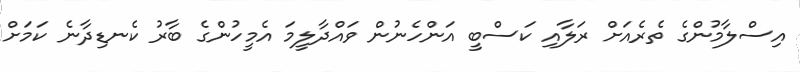
އިސްލާމުންގެ ތެރެއަށް ރަލާއި ކަސްބީ އަންހެނުން ވައްދާލީމަ އެމީހުންގެ ބާރު ކެނޑިދާނެ ކަމަށް